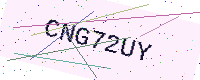
Text: CNG72UY